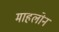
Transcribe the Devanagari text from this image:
माहलोन